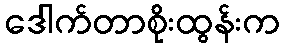
ဒေါက်တာစိုးထွန်းက